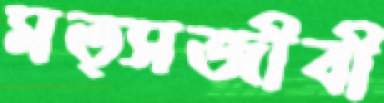
মত্সজীবী